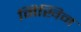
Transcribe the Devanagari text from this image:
मिखिन